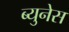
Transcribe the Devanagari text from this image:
ब्युनेस